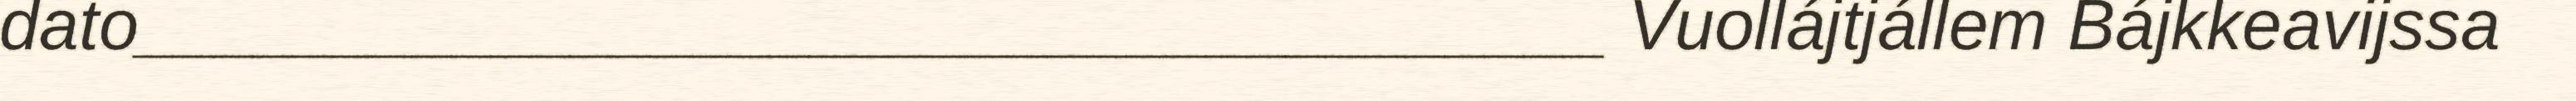
dato_____________________________________ Vuollájtjállem Bájkkeavijssa